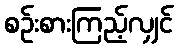
စဉ်းစားကြည့်လျှင်